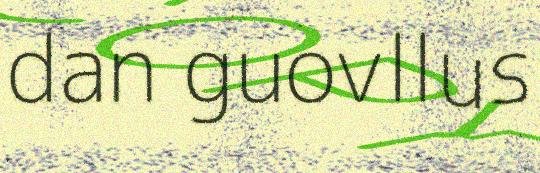
dan guovllus